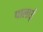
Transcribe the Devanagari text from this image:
पालाई